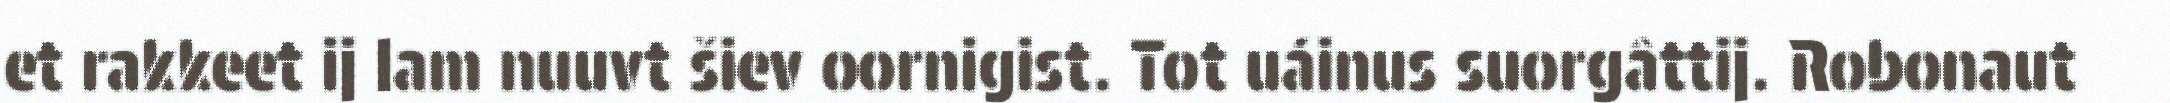
et rakkeet ij lam nuuvt šiev oornigist. Tot uáinus suorgâttij. Robonaut